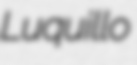
Luquillo